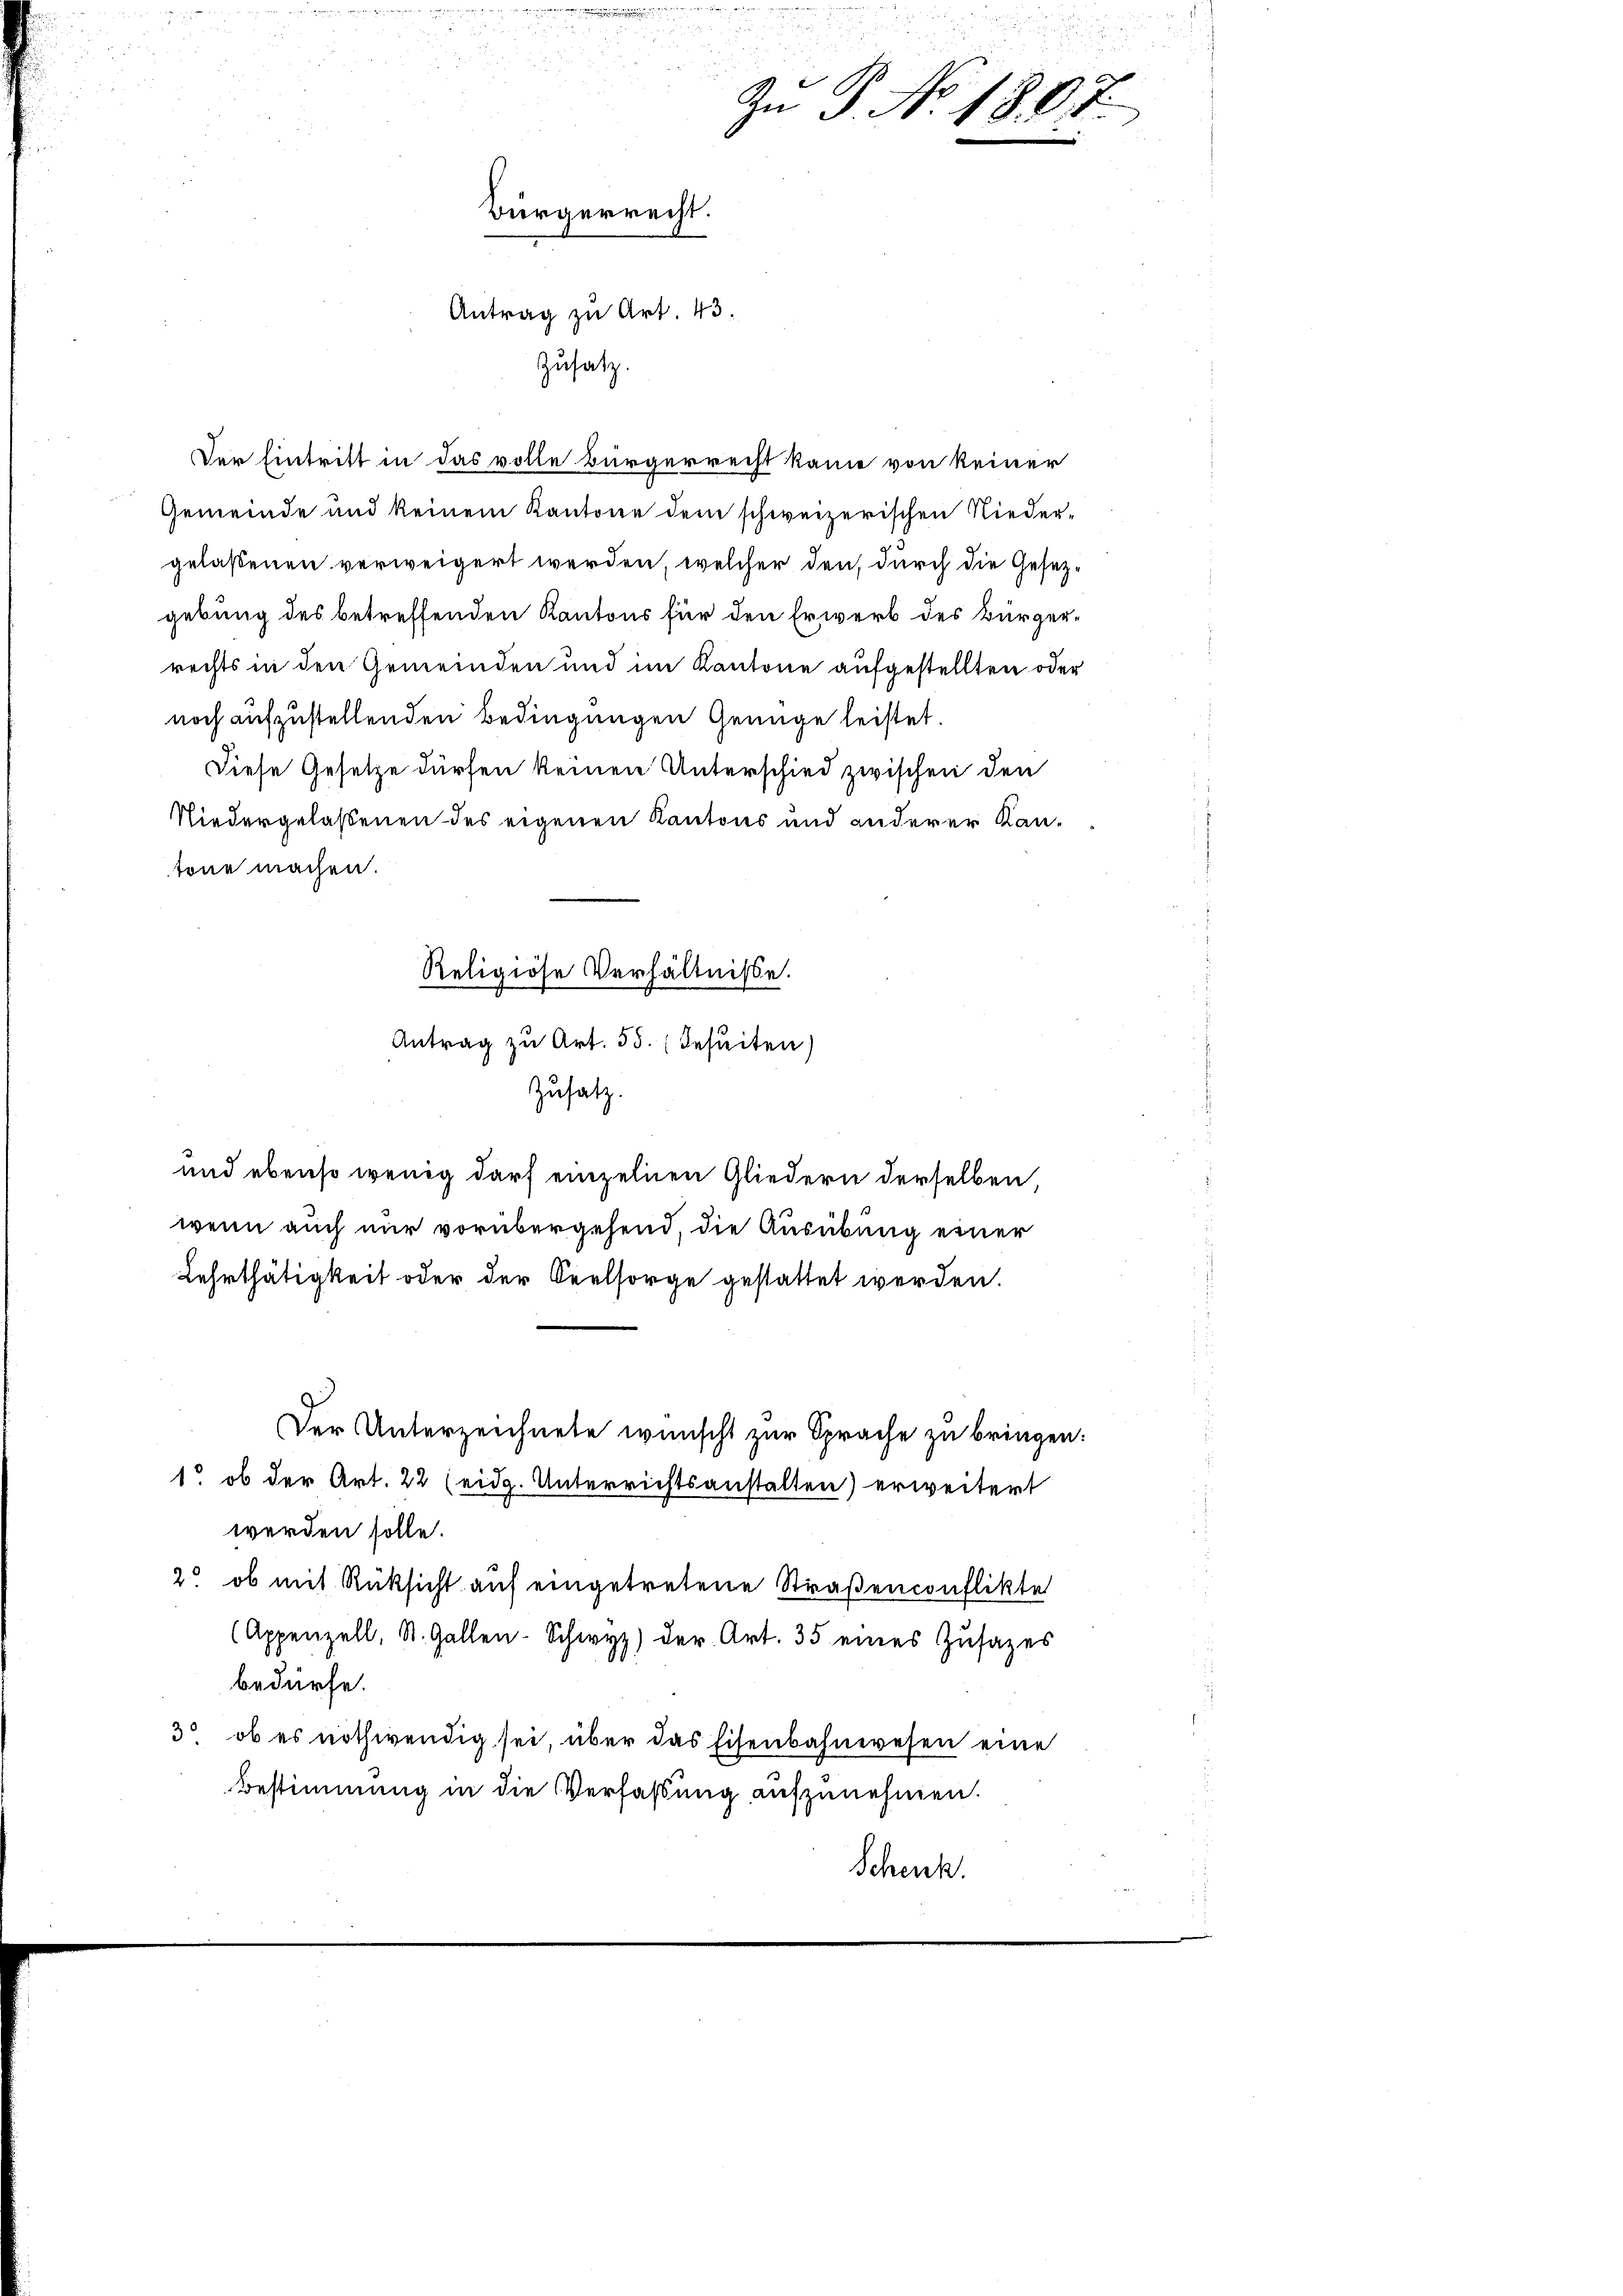
eater des

u
Zn P. No. 1807.
Bürgerrecht.
Antrag zu Art. 43.
Zusatz.

Der Eintritt in das volle Bürgerrecht käme von keiner
Gemeinde und keinem Kantone dem schweizerischen Nieder-
gelaßenen verweigert werden, welcher den durch die Gesetzgebung des betreffenden Kantons für den Erwerb des Bürgerrechts in den Gemeinden und im Kantone aufgestellten oder
noch aufzustellenden Bedingungen Genüge leistet.
Diese Gesetze dürfen keinen Unterschied zwischen den
Niedergelassenen des eigenen Kantons und anderer Kantone machen.
Antrag zu Art. 55.  Jesuiten)
Zusatz.
und ebenso wenig darf einzelnen Gliedern derselben,
wenn auch nur vorübergehend, die Ausübung einer
Lehrthätigkeit oder der Seelsorge gestattet werden.
Der Unterzeichnete wünscht zur Sprache zu bringen.
1. ob der Art. 22 (eidg. Unterrichtsanstalten) erweitert
werden solle.
2. ob mit Rüksicht auf eingetretene Straßenconflikte
(Appenzell, St. Gallen-Schwyz) der Art. 35 eines Zusages
bedürfe.
3 ob es nothwendig sei, über das Eisenbahnwesen eine
Bestimmung in die Verfaßung aufzunehmen.
Schenk.

Religiöse Verhältnisse.